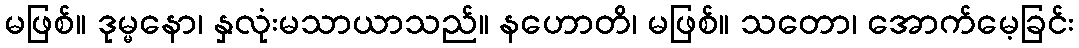
မဖြစ်။ ဒုမ္မနော၊ နှလုံးမသာယာသည်။ နဟောတိ၊ မဖြစ်။ သတော၊ အောက်မေ့ခြင်း